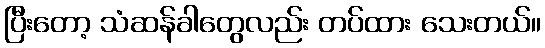
ပြီးတော့ သံဆန်ခါတွေလည်း တပ်ထား သေးတယ်။